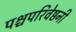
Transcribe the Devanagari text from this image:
पश्चपरिवेष्ठनी